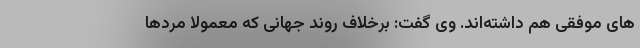
های موفقی هم داشته‌اند. وی گفت: برخلاف روند جهانی که معمولا مردها